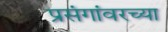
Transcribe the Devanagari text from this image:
प्रसंगांवरच्या